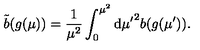
\tilde { b } ( g ( \mu ) ) = \frac { 1 } { \mu ^ { 2 } } \int _ { 0 } ^ { \mu ^ { 2 } } \mathrm { d } { \mu ^ { \prime } } ^ { 2 } b ( g ( \mu ^ { \prime } ) ) .